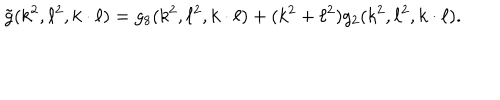
\tilde { g } ( k ^ { 2 } , \ell ^ { 2 } , k \cdot \ell ) = g _ { 8 } ( k ^ { 2 } , \ell ^ { 2 } , k \cdot \ell ) + ( k ^ { 2 } + \ell ^ { 2 } ) g _ { 2 } ( k ^ { 2 } , \ell ^ { 2 } , k \cdot \ell ) .